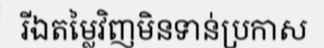
រីឯតម្លៃវិញមិនទាន់ប្រកាស